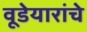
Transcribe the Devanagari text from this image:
वूडेयारांचे